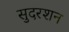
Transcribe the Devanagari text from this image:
सुदरशन